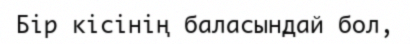
Бір кісінің баласындай бол,